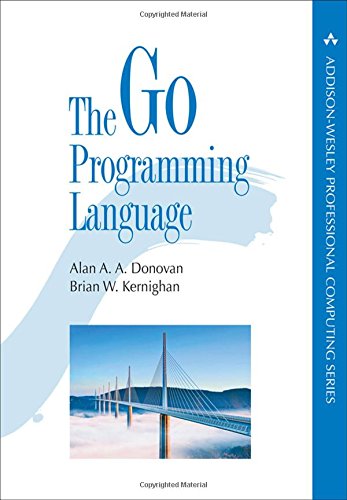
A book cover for The Go Programming Language (Addison-Wesley Professional Computing Series); Alan Donovan; Computers & Technology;